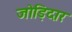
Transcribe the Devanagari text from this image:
जोड़िदार